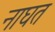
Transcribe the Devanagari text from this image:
नाघत